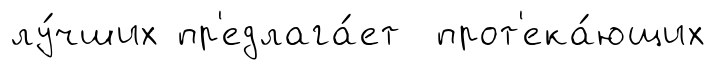
лу́чших пр'едлага́ет прот'ека́ющих